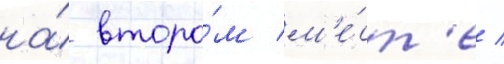
на́ второ́м м'е́ст'е /